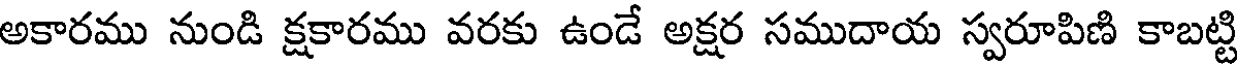
అకారము నుండి క్షకారము వరకు ఉండే అక్షర సముదాయ స్వరూపిణి కాబట్టి